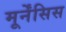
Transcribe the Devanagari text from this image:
मूर्नेंसिस